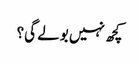
کچھ نہیں بولے گی؟